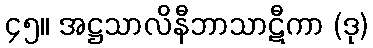
၄၅။ အဋ္ဌသာလိနီဘာသာဋီကာ (ဒု)